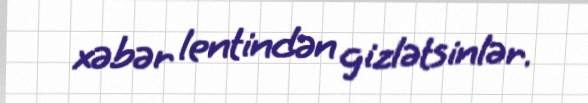
xəbər lentindən gizlətsinlər.